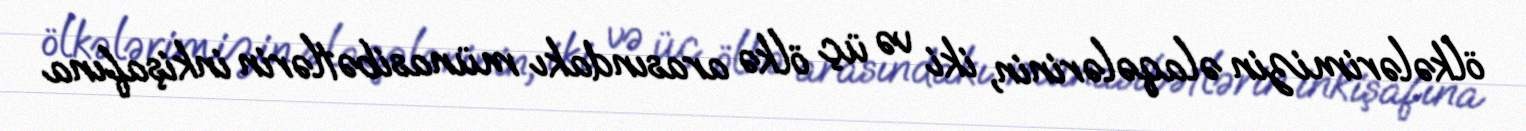
ölkələrimizin əlaqələrinin, iki və üç ölkə arasındakı münasibətlərin inkişafına